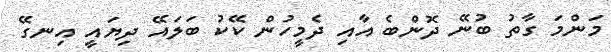
މަންމަ ގާތު ބުނޭ ދޮންބެ އާއި ދެމީހުން ކޭކު ބަލައޭ ދިޔައީ އިނގޭ